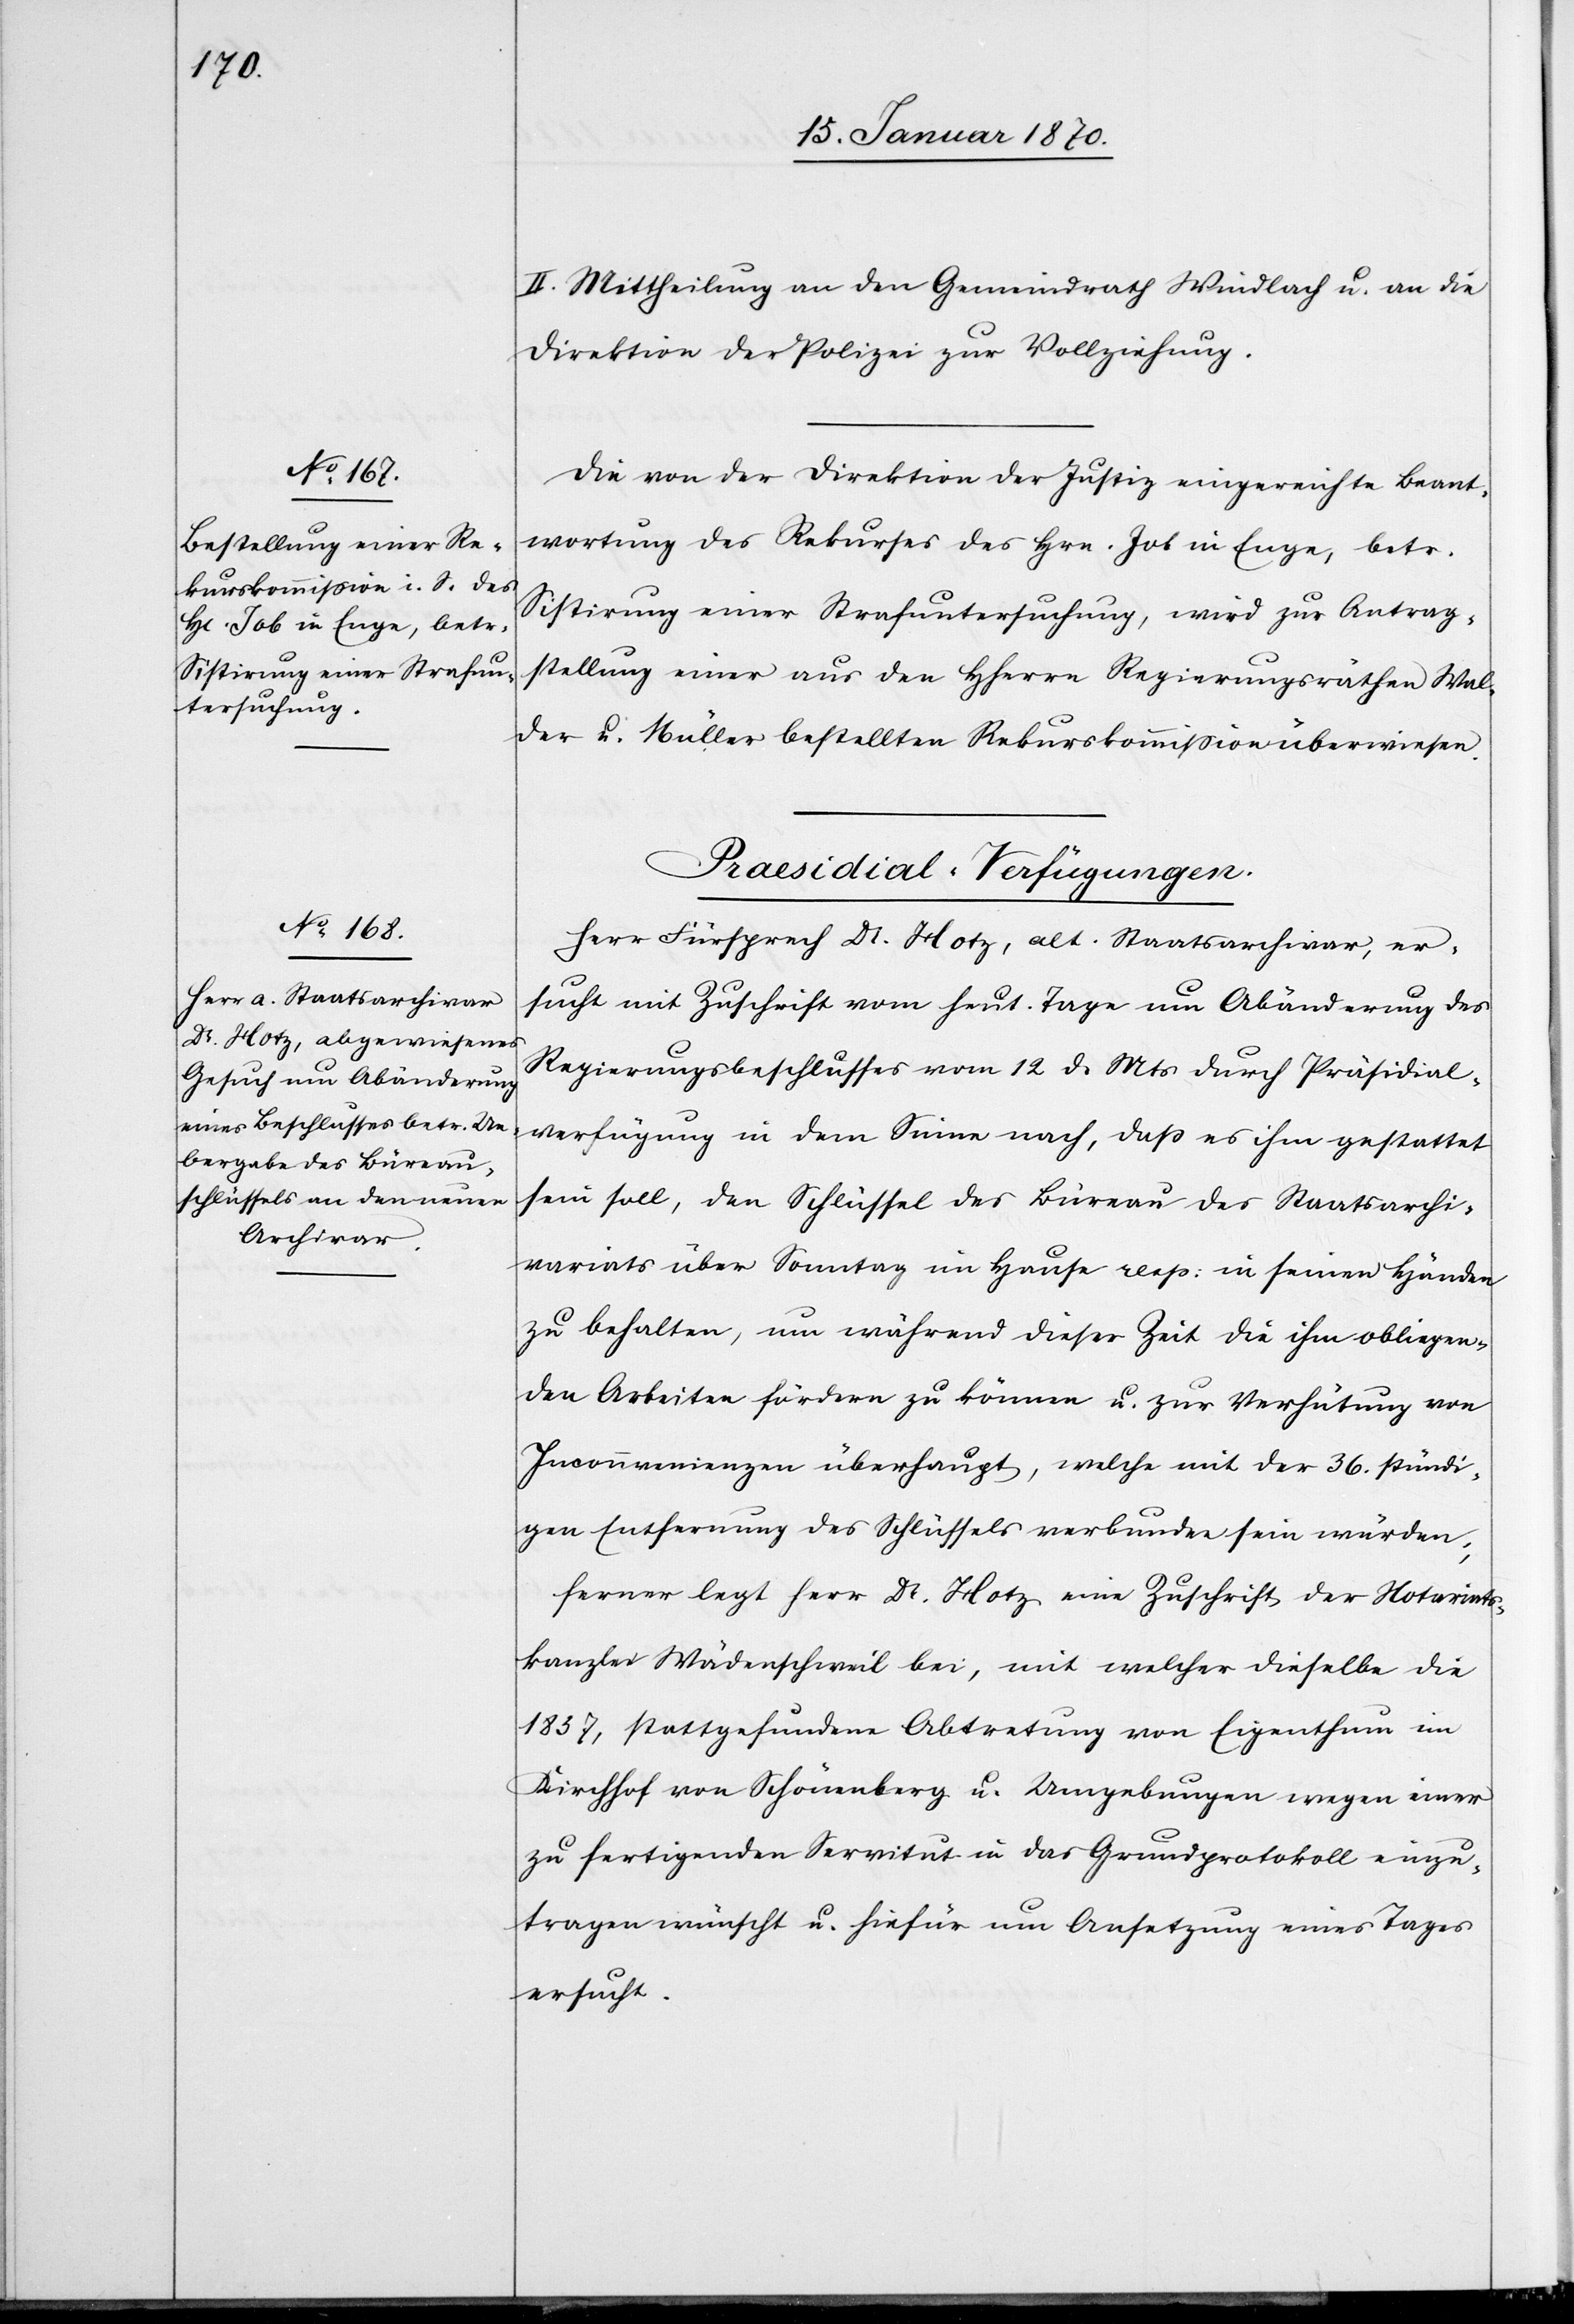
II. Mittheilung an den Gemeindrath Windlach u. an die
Direktion der Polizei zur Vollziehung.
Die von der Direktion der Justiz eingereichte Beant¬
wortung des Rekurses des Hrn. Job in Enge, betr.
Sistirung einer Strafuntersuchung, wird zur Antrag¬
stellung einer aus den HHerrn Regierungsräthen Wal¬
der u. Müller bestellten Rekurskommission überwiesen.
Praesidial-Verfügungen.
Herr Fürsprech Dr. Hotz, alt. Staatsarchivar, er¬
sucht mit Zuschrift vom heut. Tage um Abänderung des
Regierungsbeschlusses vom 12. ds Mts durch Präsidial¬
verfügung in dem Sinne nach, daß es ihm gestattet
sein soll, den Schlüssel des Büreau des Staatsarchi¬
variats über Sonntag im Hause resp: in seinen Händen
zu behalten, um während dieser Zeit die ihm obliegen¬
den Arbeiten fördern zu können u. zur Verhütung von
Inconnvenienzen überhaupt, welche mit der 36. stündi¬
gen Entfernung des Schlüssels verbunden sein würden;
ferner legt Herr Dr. Hotz eine Zuschrift der Notariats¬
kanzlei Wädenschweil bei, mit welcher dieselbe die
1837, stattgefundene Abtretung von Eigenthum im
Kirchhof von Schönenberg u. Umgebungen wegen einer
zu fertigenden Servitut in das Grundprotokoll einzu¬
tragen wünscht u. hiefür um Ansetzung eines Tages
ersucht.